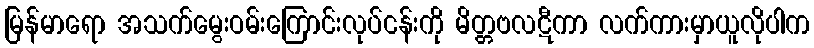
မြန်မာရော အသက်မွေးဝမ်းကြောင်းလုပ်ငန်းကို မိတ္တဗလဋီကာ လက်ကားမှာယူလိုပါက